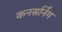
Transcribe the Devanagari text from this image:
कनसर्निंग